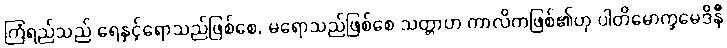
ကြံရည်သည် ရေနှင့်ရောသည်ဖြစ်စေ, မရောသည်ဖြစ်စေ သတ္တာဟ ကာလိကဖြစ်၏ဟု ပါတိမောက္ခမေဒိနီ